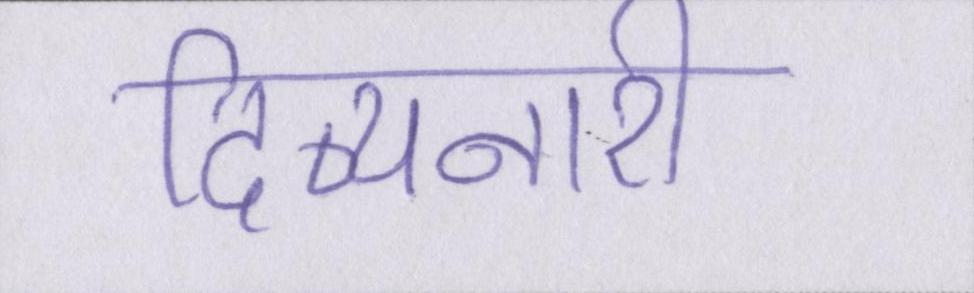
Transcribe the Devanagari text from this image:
दिव्यनारी